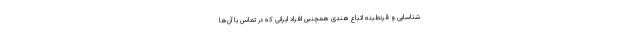
شناسایی و قرنطینه اتباع هندی همچنین افراد ایرانی که در تماس با آن‌ها